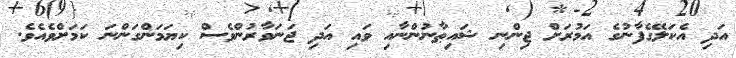
އަދި އެކަލޭގެފާނުގެ އަމުރަށް ޖިންނި ޝައިޠާނުންނާއި ވައި އަދި ޖަނަވާރުންވެސް ކިޔަމަންގަންނަ ކަމަށްވެއެވެ.